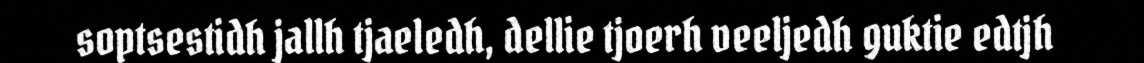
soptsestidh jallh tjaeledh, dellie tjoerh veeljedh guktie edtjh